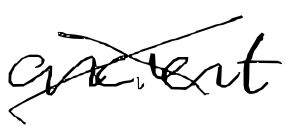
Text: ancient
Cross-out: cross
Writing tool: digital_black